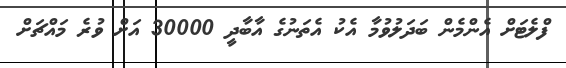
ފްލެޓަށް އެންމެން ބަދަލުވުމާ އެކު އެތަނުގެ އާބާދީ 30000 އަށް ވުރެ މައްޗަށް